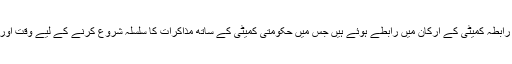
ان کے بقول ’طالبان شوری اور طالبان رابطہ کمیٹی کے ارکان میں رابطے ہوئے ہیں جس میں حکومتی کمیٹی کے ساتھ مذاکرات کا سلسلہ شروع کرنے کے لیے وقت اور جگہ کے تعین پر بات چیت ہوئی ہے۔